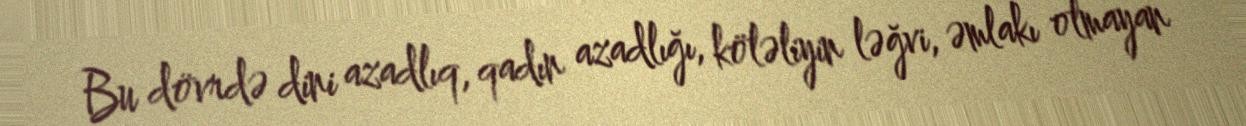
Bu dövrdə dini azadlıq, qadın azadlığı, köləliyin ləğvi, əmlakı olmayan